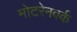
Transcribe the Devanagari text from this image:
मोटरेनवर्क